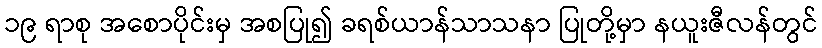
၁၉ ရာစု အစောပိုင်းမှ အစပြု၍ ခရစ်ယာန်သာသနာ ပြုတို့မှာ နယူးဇီလန်တွင်